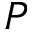
P